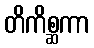
တိကိစ္ဆကာ